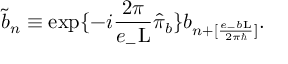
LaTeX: \tilde { b } _ { n } \equiv \exp \{ - i \frac { 2 \pi } { e _ { - } \mathrm { L } } \hat { \pi } _ { b } \} b _ { n + [ \frac { e _ { - } b \mathrm { L } } { 2 { \pi } { \hbar } } ] } .